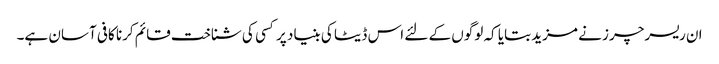
ان ریسرچرز نے مزید بتایا کہ لوگوں کے لئے اس ڈیٹا کی بنیاد پر کسی کی شناخت قائم کرنا کافی آسان ہے۔